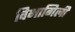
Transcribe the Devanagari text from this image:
विभागिली